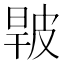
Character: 𤿧